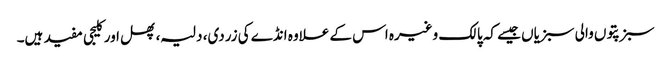
سبز پتوں والی سبزیاں جیسے کہ پالک وغیرہ اس کے علاوہ انڈے کی زردی، دلیہ، پھل اور کلیجی مفید ہیں۔